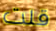
قلت